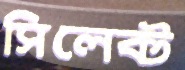
সিলেক্ট